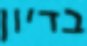
בדיון